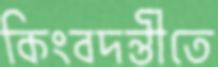
কিংবদন্তীতে